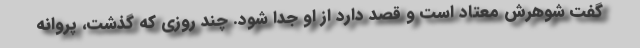
گفت شوهرش معتاد است و قصد دارد از او جدا شود. چند روزی که گذشت، پروانه